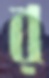
র